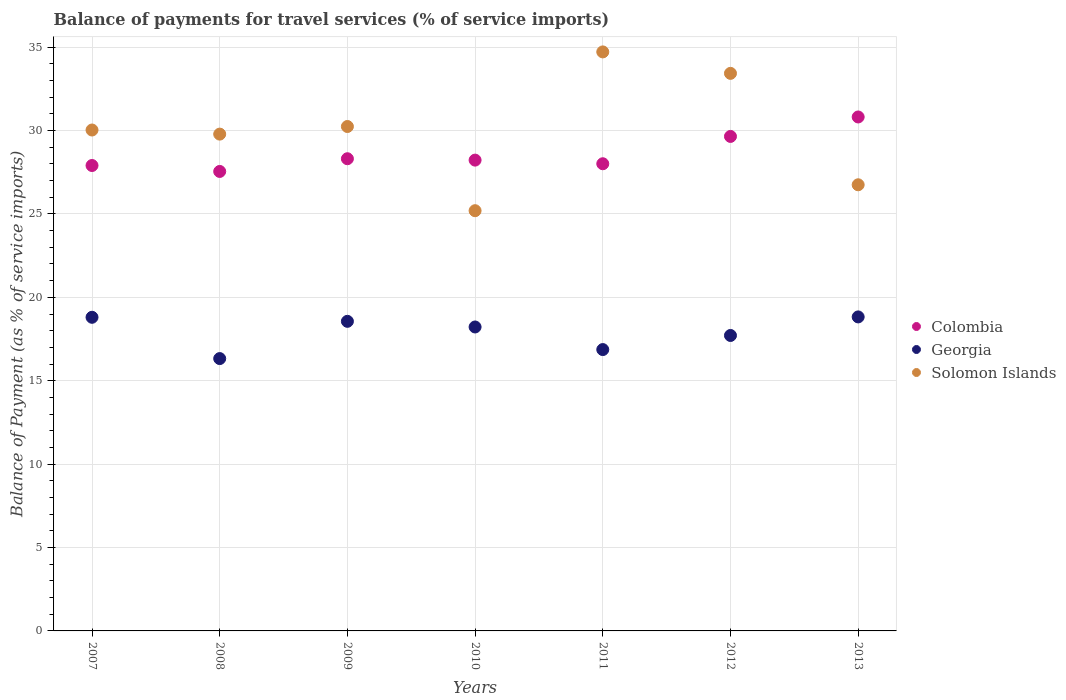
| Years | Colombia | Georgia | Solomon Islands |
 | --- | --- | --- | --- |
 | 2007 | 27.9 | 18.8 | 30 |
 | 2008 | 27.5 | 16.3 | 29.8 |
 | 2009 | 28.3 | 18.6 | 30.2 |
 | 2010 | 28.2 | 18.2 | 25.2 |
 | 2011 | 28 | 16.9 | 34.7 |
 | 2012 | 29.6 | 17.7 | 33.4 |
 | 2013 | 30.8 | 18.8 | 26.7 |